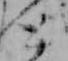
と